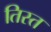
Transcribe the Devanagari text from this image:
तिस्‍त